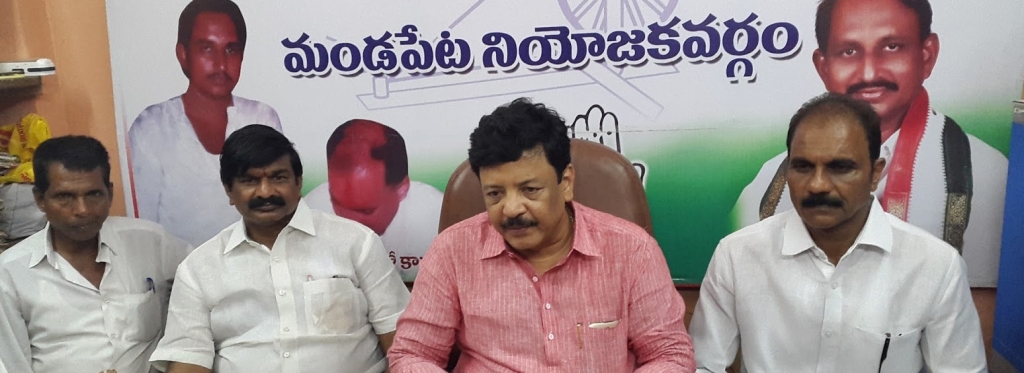
Language: telugu
Transcription: మండపేట నియోజకవర్గం